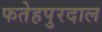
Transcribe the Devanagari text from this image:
फतेहपुरदाल